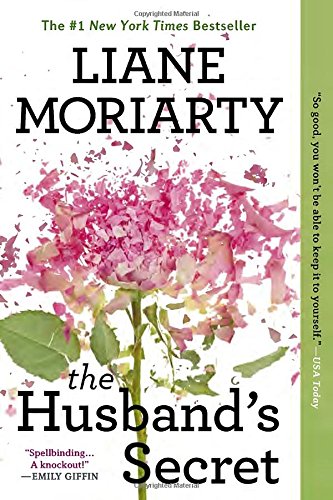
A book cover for The Husband's Secret; Liane Moriarty; Literature & Fiction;